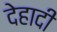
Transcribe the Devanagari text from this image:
देहादी